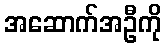
အဆောက်အဦကို